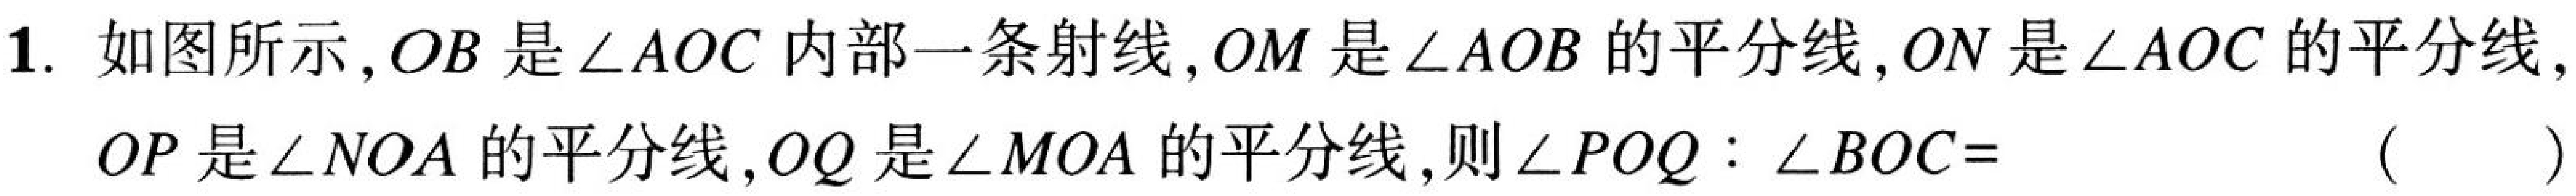
1. 如图所示,$OB$是$\angle AOC$内部一条射线,$OM$是$\angle AOB$的平分线,$ON$是$\angle AOC$的平分线,
$OP$是$\angle NOA$的平分线,$OQ$是$\angle MOA$的平分线,则$\angle POQ:\angle BOC=$（  ）